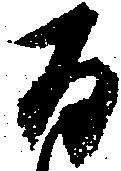
百